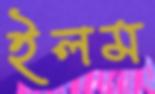
ইলম